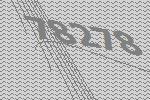
78278